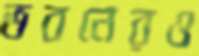
ভবনেরও